Vaccination United Provinces of Agra and Oudh 1923-1928 - 1923-1928
Year: 1923
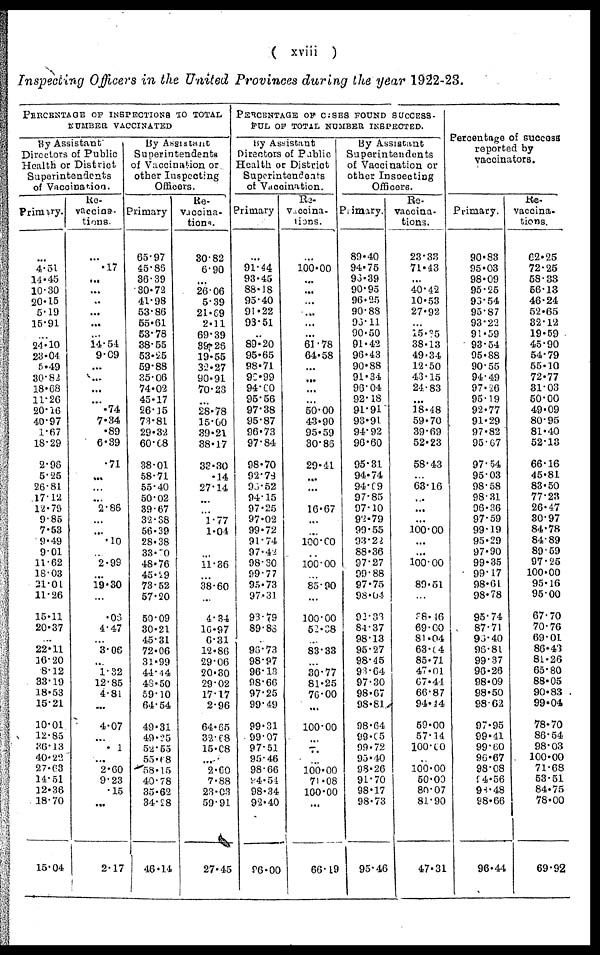
( xviii )
Inspecting Officers in the United Provinces during the year 1922-23.
PERCENTAGE OF INSPECTIONS TO TOTAL
NUMBER VACCINATED
By Assistant
Directors of Public
Health or District
Superintendents
of Vaccination.
Primary.
4.51
14.45
10.30
20.15
5.19
15.91
24.10
23.04
5.49
30.82
18.68
11.26
20.16
40.97
1.67
18.29
2.96
5.25
26.81
17.12
12.79
9.85
7.53
9.49
9.01
11.62
18.03
21.01
11.26
15.11
20.37
...
22.11
16.20
8.12
33.19
18.53
15.21
10.01
12.85
36.13
40.22
27.63
14.51
12.36
18.70
15.04
Re-
vaccina¬
tions.
.17
...
...
...
...
...
...
14.54
9.09
...
...
...
...
.74
7.34
.89
6.39
.71
...
...
2.86
.10
2.99
19.30
.06
4.47
3.06
...
1.32
12.85
4.81
...
4.07
. 1
...
2.60
9.23
.15
2.17
By Assistant
Superintendents
of Vaccination or
other Inspecting
Officers.
Primary
65.97
45.86
36.39
30.72
41.98
53.86
55.61
53.78
38.55
53.25
59.88
35.06
74.02
45.17
26.15
73.81
29.32
60.68
38.01
58.71
55.40
50.02
39.67
32.38
56.39
28.38
33.50
48.76
45.29
73.52
57.20
50.09
30.21
45.31
72.06
31.99
44.44
48.50
59.10
64.54
49.31
49.25
52.55
55.68
58.15
40.78
35.62
34.28
46.14
Re-
vaccina-
tions.
30.82
6.90
26.06
5.39
21.69
2.11
69.39
39.26
19.55
32.27
90.91
70.23
28.78
15.00
39.21
38.17
33.30
.14
27.14
1.77
1.04
11.36
38.60
...
4.34
16.97
6.31
12.86
29.06
20.30
29.02
17.17
2.96
64.65
32.68
15.08
2.60
7.88
23.03
59.91
27.45
PERCENTAGE OF CASES FOUND SUCCESS¬
FUL OF TOTAL NUMBER INSPECTED.
By Assistant
Directors of Public
Health or District
Superintendents
of Vaccination.
Primary
91.44
93.45
88.18
95.40
91.22
93.51
...
89.20
95.65
98.71
90.99
94.60
95.56
97.38
95.87
96.73
97.84
98.70
92.78
93.52
94.15
97.25
97.02
99.72
91.74
97.42
98.30
99.77
95.73
97.31
93.79
89.83
96.73
98.97
96.13
98.66
97.25
99.49
99.31
99.07
97.51
95.46
98.66
94.54
98.34
92.40
96.00
Re-
vaccina¬
tions.
100.00
...
...
...
...
...
61.78
64.58
...
...
50.00
43.90
95.59
30.86
29.41
...
16.67
...
100.00
100.00
85.90
100.00
52.38
83.33
30.77
81.25
76.00
...
100.00
100.00
71.08
100.00
1
66.19
By Assistant
Superintendents
of Vaccination or
other Inspecting
Officers.
Primary.
89.40
94.75
96.39
90.95
96.25
90.88
96.11
90.50
91.42
96.43
90.88
91.34
96.04
92.18
94.91
93.91
94.92
96.60
95.31
94.74
94.69
97.85
97.10
92.79
99.55
93.22
88.36
97.27
99.88
97.75
98.04
92.33
84.37
98.13
95.27
98.45
93.64
97.30
98.67
98.81
98.64
99.05
99.72
95.40
98.26
91.70
98.17
98.73
95.46
Re-
vaccina-
tions.
23.33
71.43
...
40.42
10.53
27.92
15.35
38.13
49.34
12.50
43.15
24.83
...
18.48
59.70
39.69
52.23
58.43
63.16
...
...
100.00
...
...
100.00
89.51
38.46
69.00
81.04
63.04
85.71
47.01
67.41
66.87
94.14
59.00
57.14
100.00
100.00
50.00
80.07
81.90
47.31
Percentage of success
reported by
vaccinators.
Primary.
90.83
95.03
98.09
95.25
93.54
95.87
93.22
91.59
93.54
95.88
90.55
94.49
97.26
95.19
92.77
91.29
97.82
95.67
97.54
95.03
98.58
98.31
96.36
97.59
99.19
95.29
97.90
99.35
99.17
98.61
98.78
95.74
87.71
96.40
96.81
99.37
96.26
98.09
98.50
98.62
97.95
99.41
99.60
96.67
98.08
94.56
98.48
98.66
96.44
Re-
vaccina¬
tions.
62.25
72.25
58.33
56.13
46.24
52.65
32.12
19.59
45.90
54.79
55.10
72.77
31.03
50.00
49.09
80.95
81.40
52.13
66.16
45.81
83.50
77.23
26.47
30.97
84.78
84.89
89.59
97.25
100.00
95.16
95.00
67.70
70.76
69.01
86.43
81.26
65.80
88.05
90.83
99.04
78.70
86.54
98.03
100.00
71.68
53.51
84.75
78.00
69.92